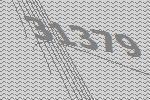
31379